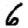
Digit: 6